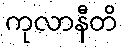
ကုလာနီတိ